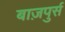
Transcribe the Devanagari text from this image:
बाज़पुर्स